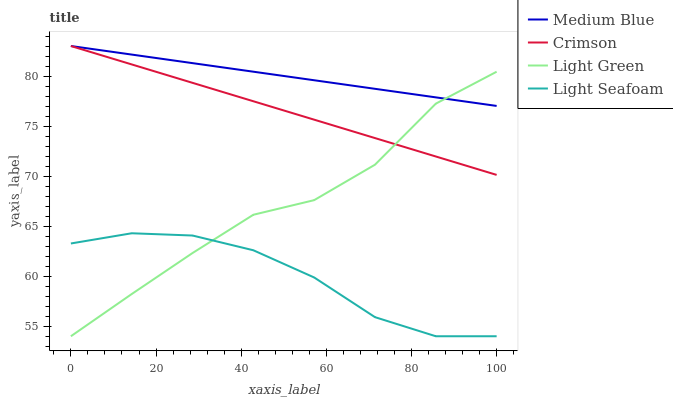
| xaxis_label | Medium Blue | Crimson | Light Green | Light Seafoam |
 | --- | --- | --- | --- | --- |
 | 0 | 83 | 83 | 54 | 63.3 |
 | 14.3 | 82.1 | 81.2 | 58.2 | 64.3 |
 | 28.6 | 81.3 | 79.3 | 62.3 | 64.1 |
 | 42.9 | 80.4 | 77.5 | 66.1 | 62.6 |
 | 57.1 | 79.6 | 75.6 | 67.6 | 59.9 |
 | 71.4 | 78.7 | 73.8 | 71.1 | 55.9 |
 | 85.7 | 77.9 | 72 | 77.2 | 54 |
 | 100 | 77 | 70.1 | 80.4 | 54 |